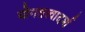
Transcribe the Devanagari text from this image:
योगतत्त्वादर्श